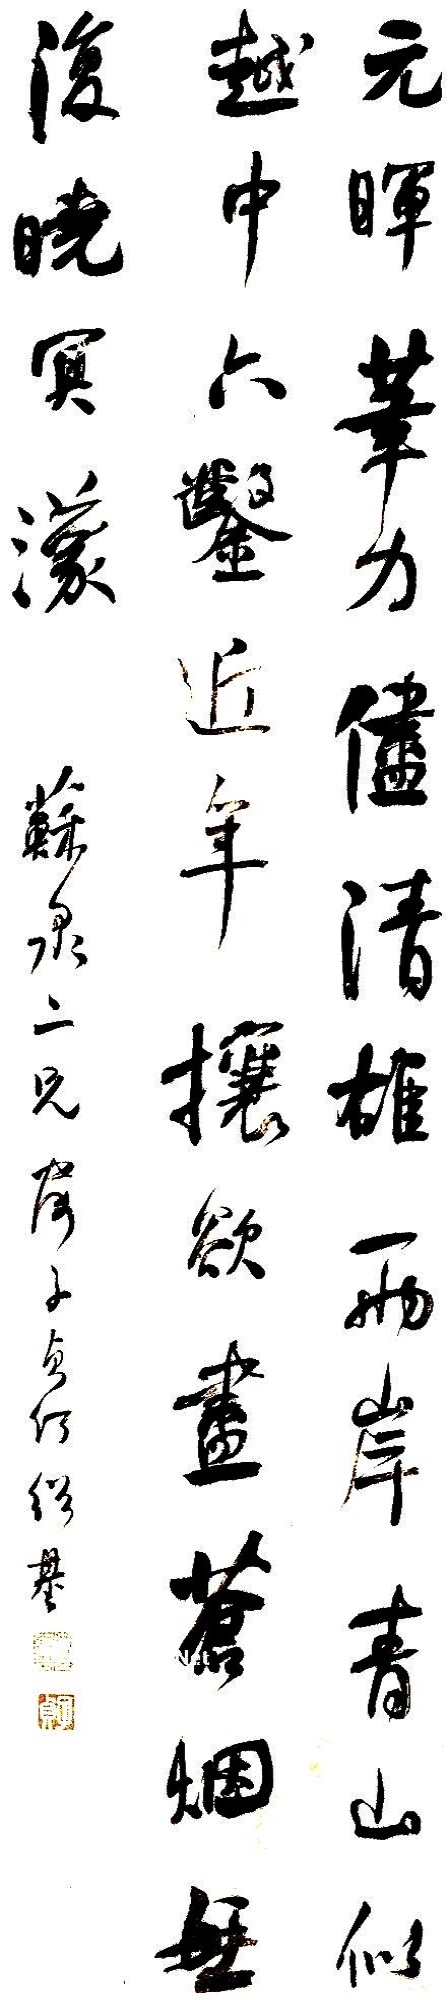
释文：元晖笔力尽清雄，两岸青山似越中。六凿近年攘欲尽，苍烟无复晓冥蒙。苏泉二兄属。子贞何绍基。